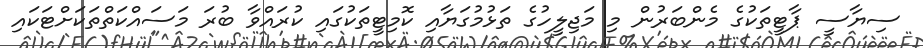
ސިޔާސީ ޕާޓީތަކުގެ މެންބަރުން މި މަޖިލީހުގެ ތަޅުމުގަޔާއި ކޮމިޓީތަކުގައި ކުރައްވާ ބުރަ މަސައްކަތްތަކަށްޓަކައި